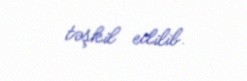
təşkil edilib.